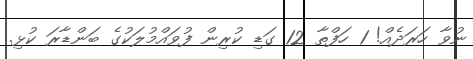
ނުވާ ހަރަދެއް! 1 ހަފްތާ 12 ގަޑި ކުރިން ފުވައްމުލަކުގެ ބަންޑާރަ ކުޅި.